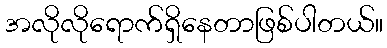
အလိုလိုရောက်ရှိနေတာဖြစ်ပါတယ်။